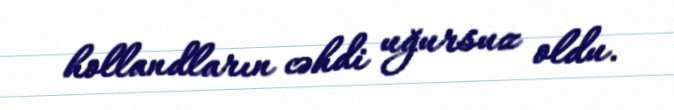
hollandların cəhdi uğursuz oldu.